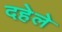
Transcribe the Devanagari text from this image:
दहेले